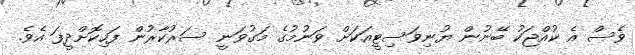
ވެސް އެ ކުއްޖަކު ބޭނުން ޔުނިވަސިޓީއަކަށް ވަނުމުގެ މަގުވަނީ ސަރުކާރުން ފަހިކޮށްދީފަ އެވެ.